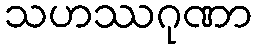
သဟဿဂုဏာ